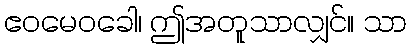
ဧဝမေဝခေါ၊ ဤအတူသာလျှင်။ သာ